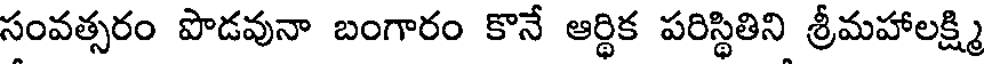
సంవత్సరం పొడవునా బంగారం కొనే ఆర్థిక పరిస్థితిని శ్రీమహాలక్ష్మి